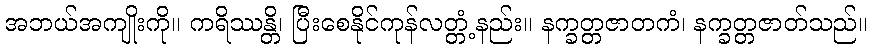
အဘယ်အကျိုးကို။ ကရိဿန္တိ၊ ပြီးစေနိုင်ကုန်လတ္တံ့နည်း။ နက္ခတ္တဇာတကံ၊ နက္ခတ္တဇာတ်သည်။